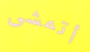
أتمشى